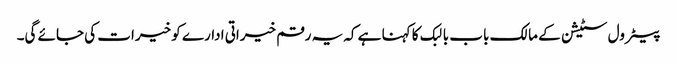
پیٹرول سٹیشن کے مالک باب بالبک کا کہنا ہے کہ یہ رقم خیراتی ادارے کو خیرات کی جائے گی۔